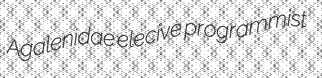
Agalenidae elecive programmist